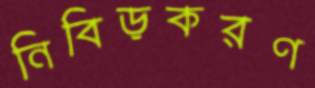
নিবিড়করণ